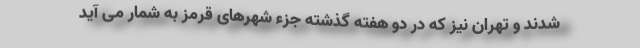
شدند و تهران نیز که در دو هفته گذشته جزء شهرهای قرمز به شمار می آید